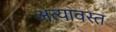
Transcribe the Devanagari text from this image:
अत्यावस्त